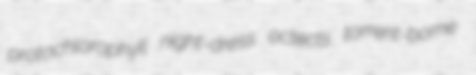
protochlorophyll night-dress octects torrent-borne